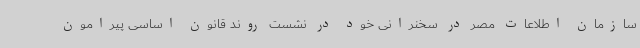
سازمان اطلاعات مصر در سخنرانی خود در نشست روند قانون اساسی پیرامون